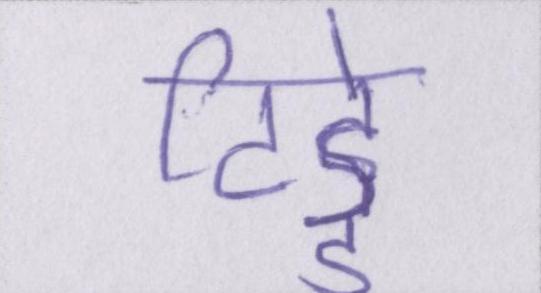
टिड्डे